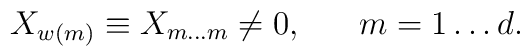
X_{w(m)} \equiv X_{m \ldots m} \neq 0, \;\;\;\;\;\; m=1\ldots d .